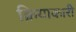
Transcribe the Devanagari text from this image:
क्रियाकारी